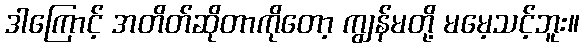
ဒါကြောင့် အတိတ်ဆိုတာကိုတော့ ကျွန်မတို့ မမေ့သင့်ဘူး။